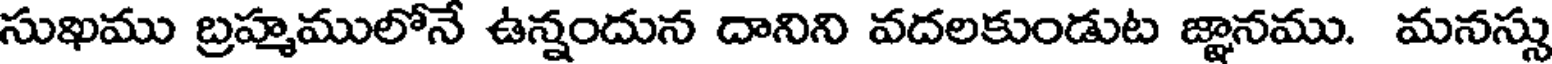
సుఖము బ్రహ్మములోనే ఉన్నందున దానిని వదలకుండుట జ్ఞానము. మనస్సు